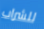
للشراب